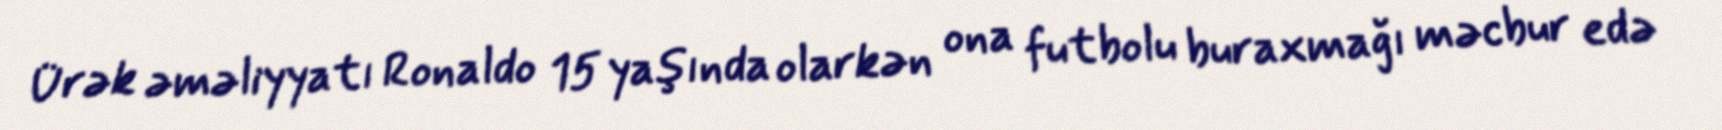
Ürək əməliyyatı Ronaldo 15 yaşında olarkən ona futbolu buraxmağı məcbur edə